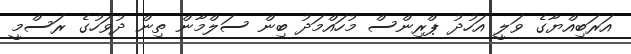
އަރަބިއްޔާގެ ވަލީ އަހުދު ޕްރިންސް މުހައްމަދު ބިން ސަލްމާން ތިން ދުވަހުގެ ރަސްމީ